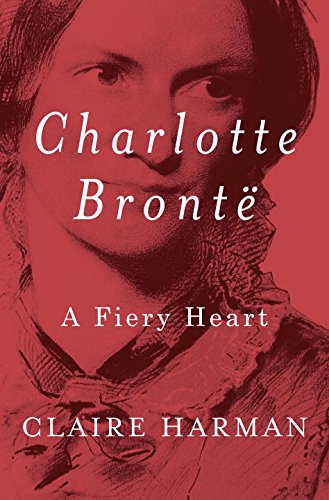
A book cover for Charlotte BrontÃ«: A Fiery Heart; Claire Harman; Literature & Fiction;